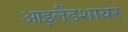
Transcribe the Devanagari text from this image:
आइलैंडशायर